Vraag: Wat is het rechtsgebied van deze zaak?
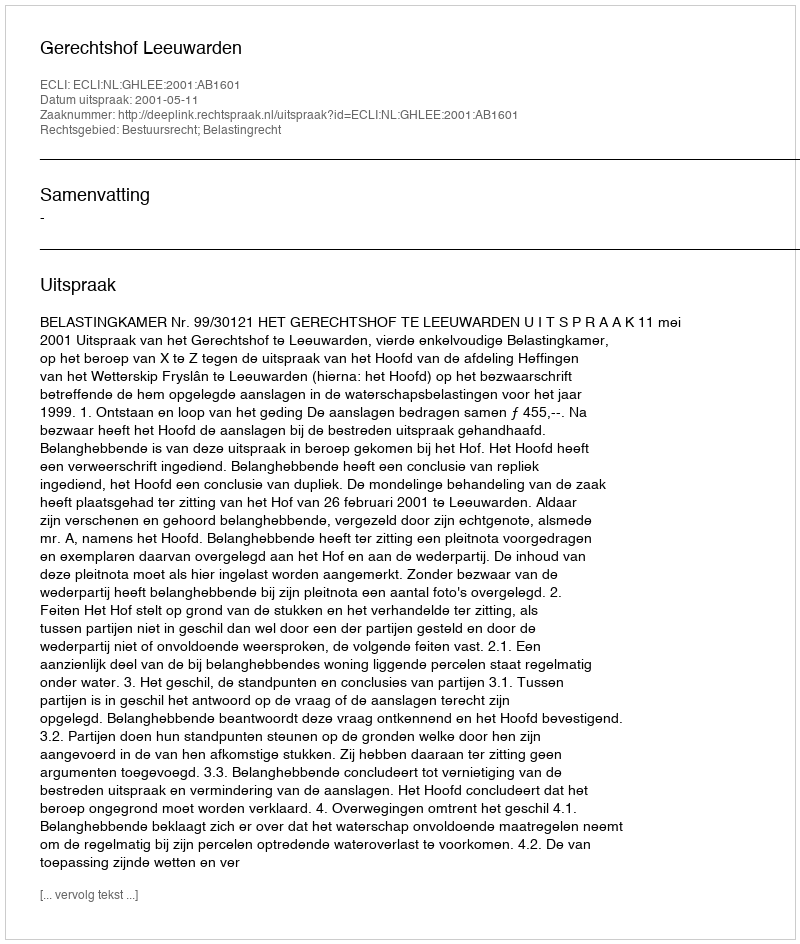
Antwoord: Bestuursrecht; Belastingrecht